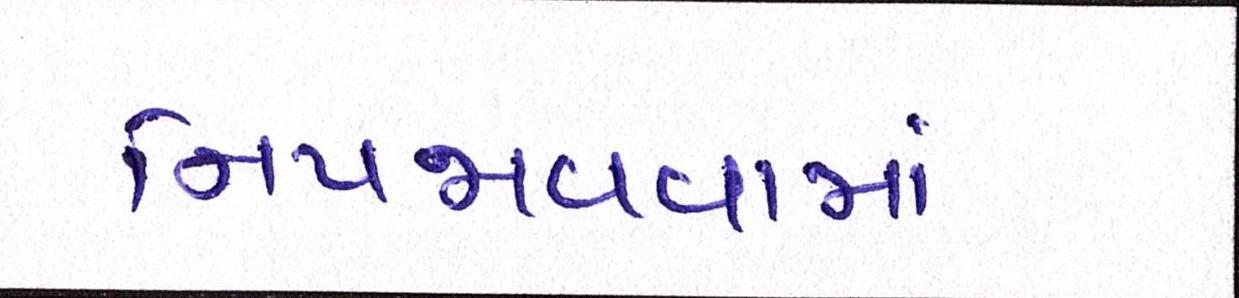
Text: નિપજાવવામાં